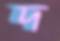
দ